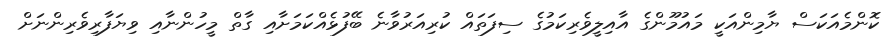
ކޮންމެއަކަސް ޔާމިންއަކީ މައުމޫންގެ އާއިލީވެރިކަމުގެ ސިފަތައް ކުރިއަރުވާނެ ބޭފުޅެއްކަމަށާއި ގާތް މީހުންނާއި ވިޔަފާރިވެރިންނަށް